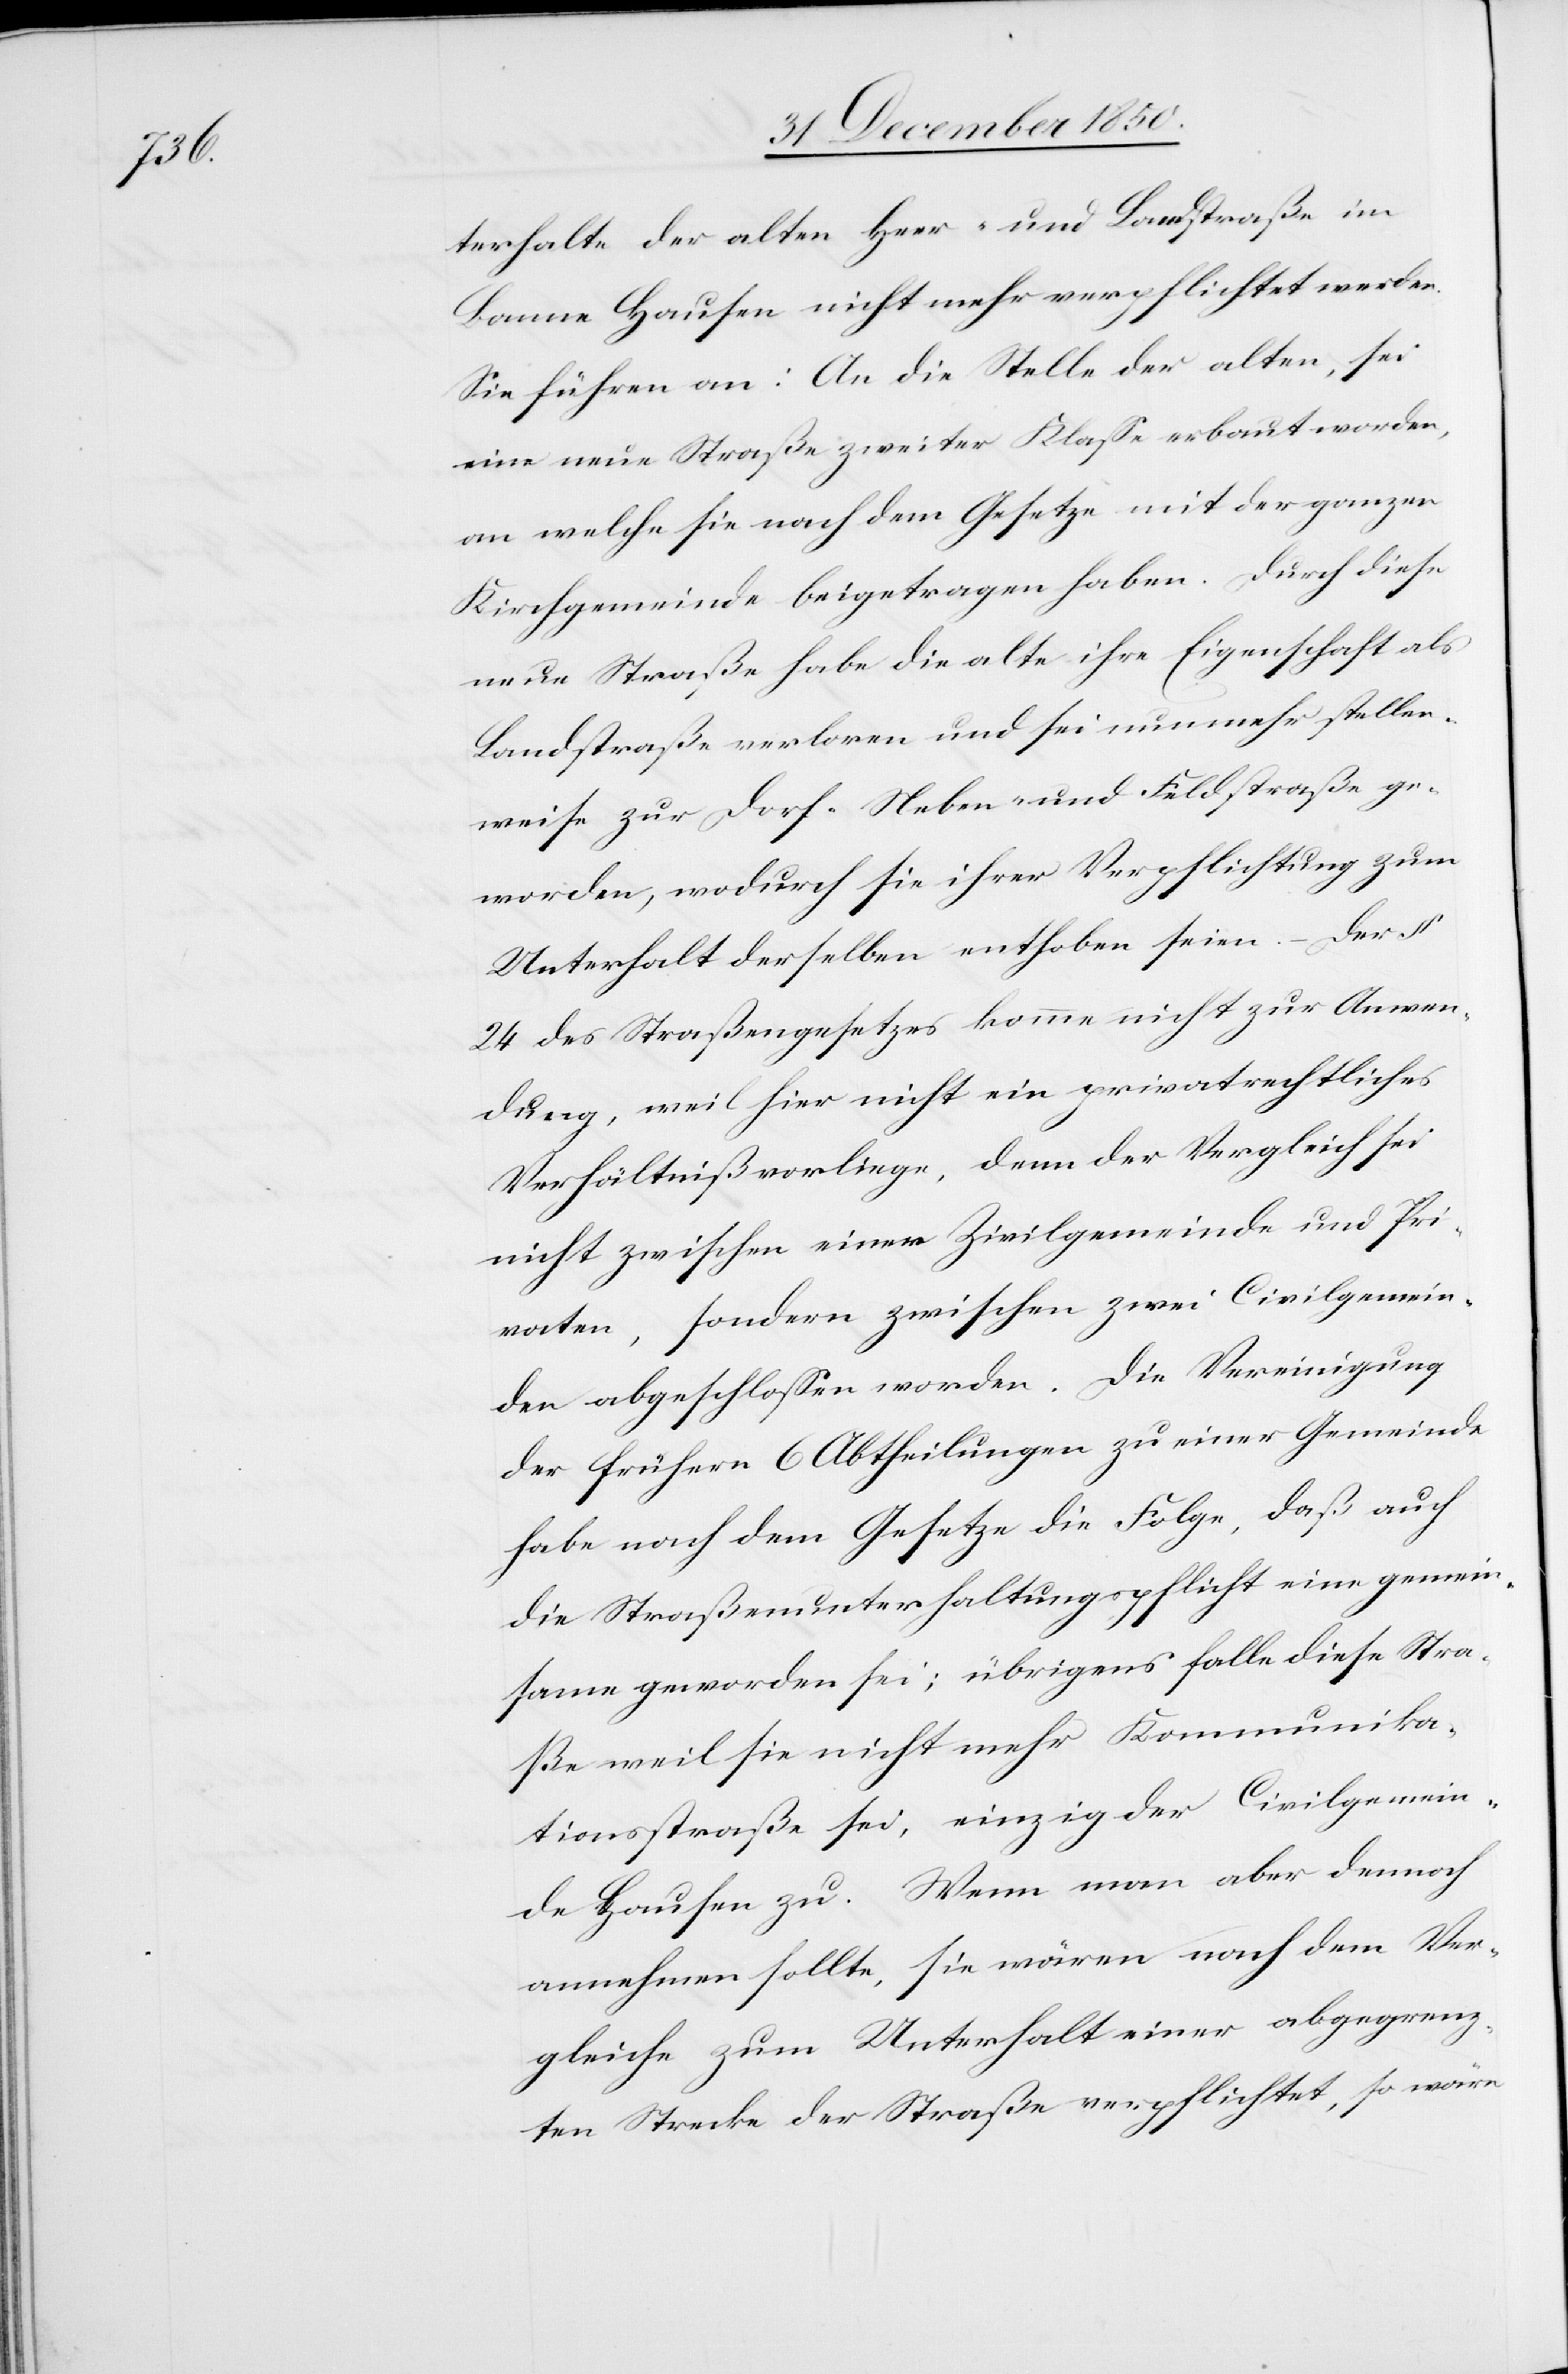
terhalte der alten Heer- und Landstraße im
Banne Hausen nicht mehr verpflichtet werden.
Sie führen an: An die Stelle der alten, sei
eine neue Straße zweiter Klasse erbaut worden,
an welche sie nach dem Gesetze mit der ganzen
Kirchgemeinde beigetragen haben. Durch diese
neue Straße habe die alte ihre Eigenschaft als
Landstraße verloren und sei nunmehr stellen¬
weise zur Dorf-[,] Neben-[,] und Feldstraße ge¬
worden, wodurch sie ihrer Verpflichtung zum
Unterhalt derselben enthoben seien. – Der §
24 des Straßengesetzes komme nicht zur Anwen¬
dung, weil hier nicht ein privatrechtliches
Verhältniß vorliege, denn der Vergleich sei
nicht zwischen einer Zivilgemeinde und Pri¬
vaten, sondern zwischen zwei Civilgemein¬
den abgeschlossen worden. Die Vereinigung
der frühern 6 Abtheilungen zu einer Gemeinde
habe nach dem Gesetze die Folge, daß auch
die Straßenunterhaltungspflicht eine gemein¬
same geworden sei; übrigens falle dies Stra¬
ße weil sie nicht mehr Kommunika¬
tionsstraße sei, einzig der Civilgemein¬
de Hausen zu. Wenn man aber dennoch
annehmen sollte, sie wären nach dem Ver¬
gleiche zum Unterhalt einer abgegrenz¬
ten Strecke der Straße verpflichtet, so wäre